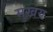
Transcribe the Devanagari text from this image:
मुख़य